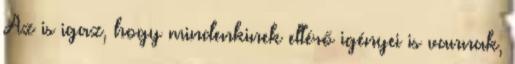
Az is igaz, hogy mindenkinek eltérő igényei is vannak,